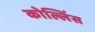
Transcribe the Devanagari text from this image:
कोल्लिंस